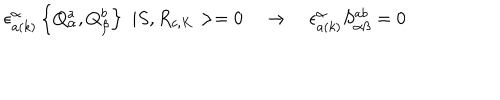
LaTeX: \epsilon _ { a ( k ) } ^ { \alpha } \left\{ Q _ { \alpha } ^ { a } , Q _ { \beta } ^ { b } \right\} \, \, | S , R _ { c , K } > = 0 \quad \rightarrow \quad \epsilon _ { a ( k ) } ^ { \alpha } S _ { \alpha \beta } ^ { a b } = 0